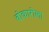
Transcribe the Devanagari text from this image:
बोकारोला